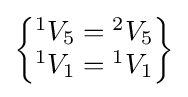
{\begin{Bmatrix}{}^{1}V_{5}={}^{2}V_{5}\\{}^{1}V_{1}={}^{1}V_{1}\end{Bmatrix}}